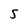
Character: 5